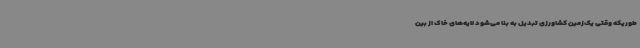
طوریکه وقتی یک‌زمین کشاورزی تبدیل به بنا می‌شود لایه‌های خاک از بین